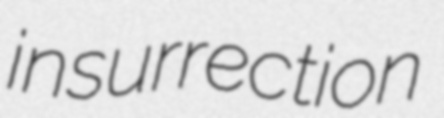
insurrection